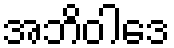
အဘိဝါဒေ